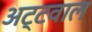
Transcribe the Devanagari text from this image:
अट्टवाल